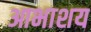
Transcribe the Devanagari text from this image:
आभाशय